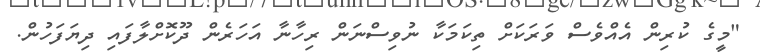
"މީގެ ކުރިން އެއްވެސް ވަރަކަށް ތިކަމަކާ ނުވިސްނަން ރިހާނާ އަހަރެން ދޫކޮށްލާފައި ދިޔަފަހުން.